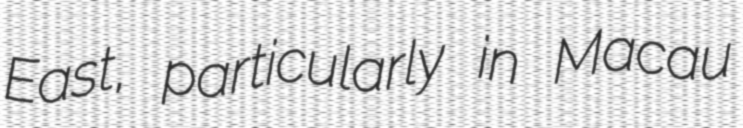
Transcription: East, particularly in Macau